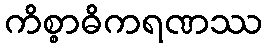
ကိစ္စာဓိကရဏဿ